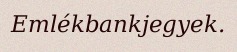
Emlékbankjegyek.